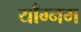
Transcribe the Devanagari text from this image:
याँग्नम